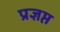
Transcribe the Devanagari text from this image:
प्रज्ञप्त